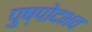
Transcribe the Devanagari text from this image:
पुष्पोदभव